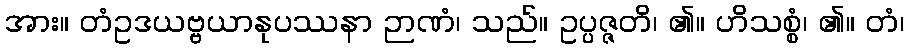
အား။ တံဥဒယဗ္ဗယာနုပဿနာ ဉာဏံ၊ သည်။ ဥပ္ပဇ္ဇတိ၊ ၏။ ဟိသစ္စံ၊ ၏။ တံ၊